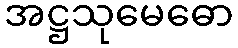
အဋ္ဌသုမေဓော